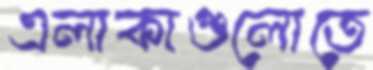
এলাকাগুলোতে